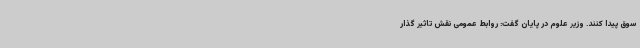
سوق پیدا کنند. وزیر علوم در پایان گفت: روابط عمومی نقش تاثیر گذار